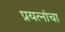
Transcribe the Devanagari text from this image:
प्रयत्‍नांचा